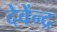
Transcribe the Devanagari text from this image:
देवेंन्द्र